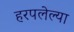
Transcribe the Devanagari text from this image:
हरपलेल्या